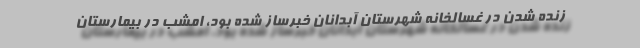
زنده شدن در غسالخانه شهرستان آبدانان خبرساز شده بود، امشب در بیمارستان